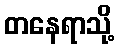
တနေရာသို့